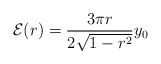
\begin{align*}{\cal E}(r) = \frac{3 \pi r}{2\sqrt{1-r^{2}}}y_{0}\end{align*}